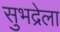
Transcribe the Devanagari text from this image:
सुभद्रेला